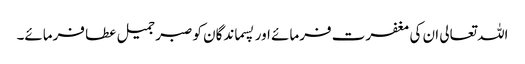
اللہ تعالی ان کی مغفرت فرمائے اور پسماندگان کو صبر جمیل عطا فرمائے۔